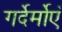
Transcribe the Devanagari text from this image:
गर्देर्मोएँ